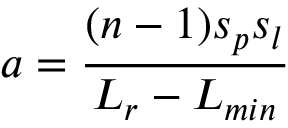
a = \frac { ( n - 1 ) s _ { p } s _ { l } } { L _ { r } - L _ { m i n } }